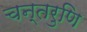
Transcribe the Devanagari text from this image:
चन्तरुणि